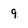
Character: 9